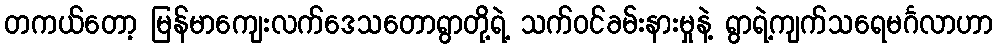
တကယ်တော့ မြန်မာကျေးလက်ဒေသတောရွာတို့ရဲ့ သက်ဝင်ခမ်းနားမှုနဲ့ ရွာရဲ့ကျက်သရေမင်္ဂလာဟာ